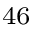
_ { 4 6 }